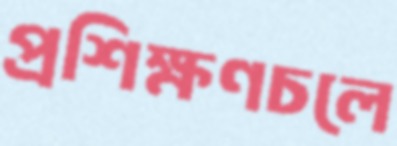
প্রশিক্ষণচলে